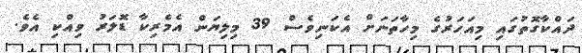
ދައްކާގޮތުގައި މިއަހަރުގެ މިހާތަނަށް އެކަނިވެސް 39 މިލިޔަން އެމެރިކާ ޑޮލަރު ވިއްކި އެވެ.